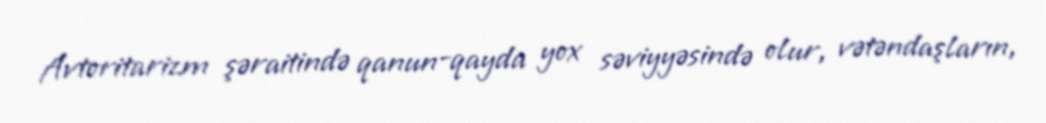
Avtoritarizm şəraitində qanun-qayda yox səviyyəsində olur, vətəndaşların,